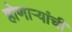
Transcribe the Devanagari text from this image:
होणार्‍यांची